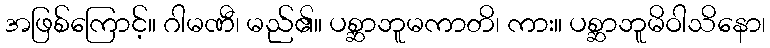
အဖြစ်ကြောင့်။ ဂါမဏီ၊ မည်၏။ ပစ္ဆာဘူမကာတိ၊ ကား။ ပစ္ဆာဘူမိဝါသိနော၊